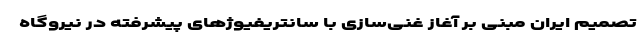
تصمیم ایران مبنی بر آغاز غنی‌سازی با سانتریفیوژهای پیشرفته در نیروگاه